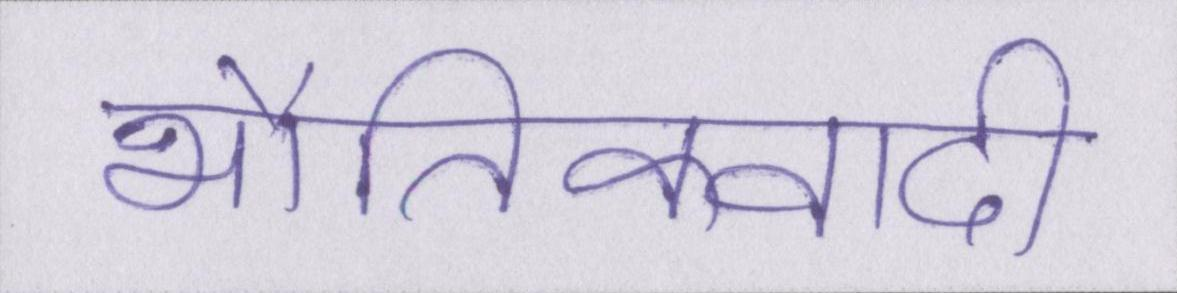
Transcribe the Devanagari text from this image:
भौतिकवादी